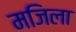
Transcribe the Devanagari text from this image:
मजिला